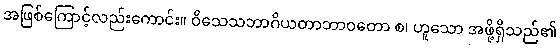
အဖြစ်ကြောင့်လည်းကောင်း။ ဝိသေသဘာဂိယတာဘာဝတော စ၊ ဟူသော အဖို့ရှိသည်၏